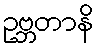
ဥဗ္ဘတာနိ